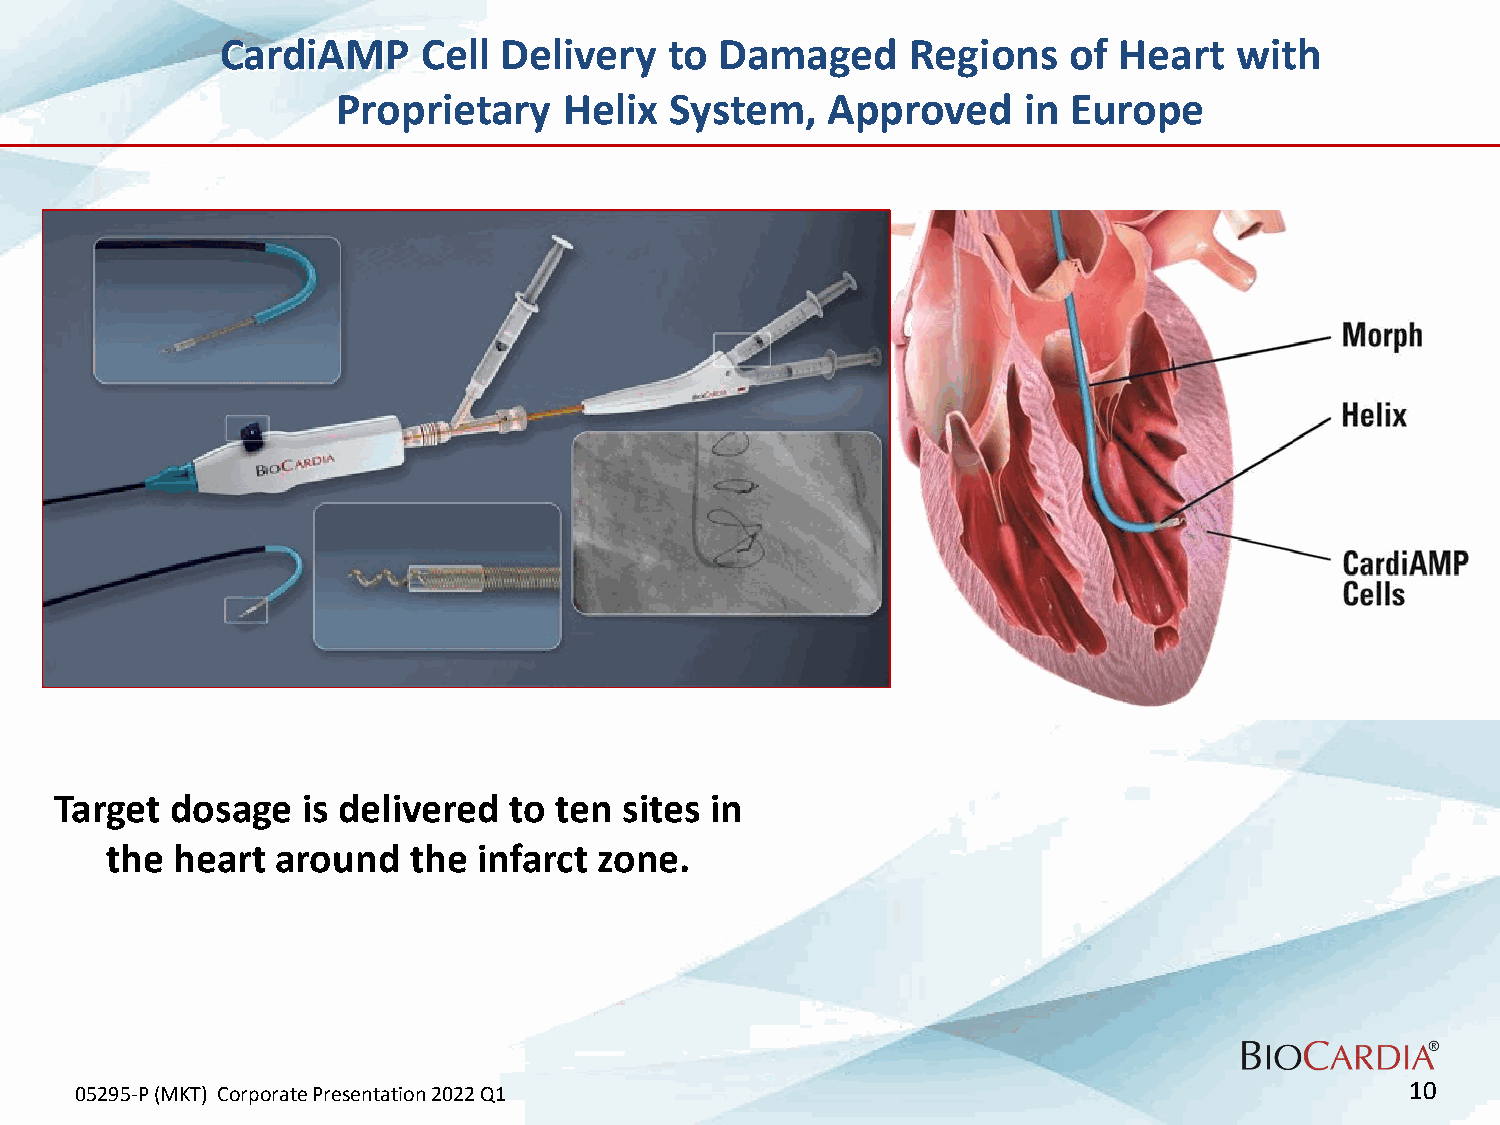
CardiAMP     Cell Delivery   to  Damaged     Regions    of Heart   with
 Proprietary    Helix  System,    Approved     in Europe
 Target dosage   is delivered  to ten sites in
 the heart  around   the  infarct zone.
 05295-P (MKT) Corporate Presentation 2022 Q1                                            10